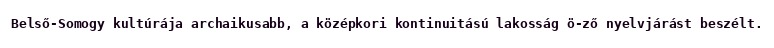
Belső-Somogy kultúrája archaikusabb, a középkori kontinuitású lakosság ö-ző nyelvjárást beszélt.